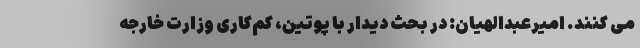
می کنند. امیرعبدالهیان: در بحث دیدار با پوتین، کم‌کاری وزارت خارجه